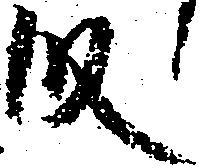
段